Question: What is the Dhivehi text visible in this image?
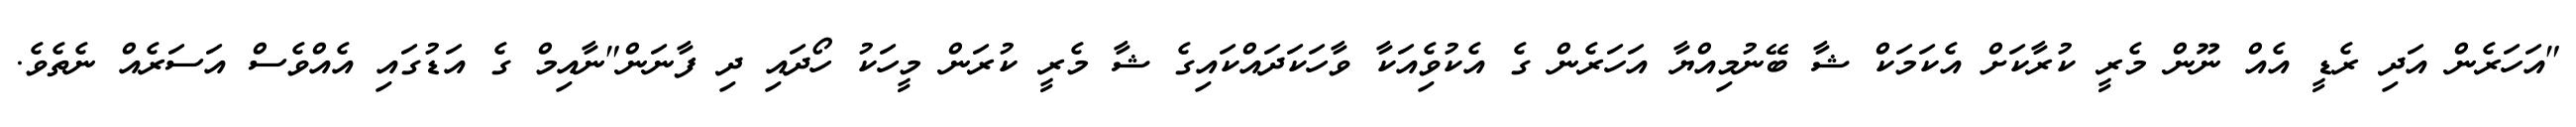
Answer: "އަހަރެން އަދި ރެޑީ އެއް ނޫން މެރީ ކުރާކަށް އެކަމަކް ޝާ ބޭނުމިއްޔާ އަހަރެން ގެ އެކުވެިއަކާ ވާހަކަދައްކައިގެ ޝާ މެރީ ކުރަން މީހަކު ހޯދައި ދި ފާނަން"ނާއިމް ގެ އަޑުގައި އެއްވެސް އަސަރެއް ނެތެވެ.